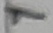
Text: 1